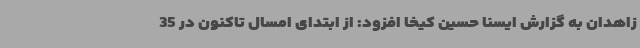
زاهدان به گزارش ایسنا حسین کیخا افزود: از ابتدای امسال تاکنون در 35